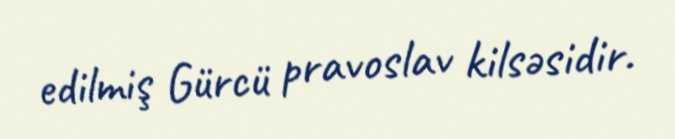
edilmiş Gürcü pravoslav kilsəsidir.